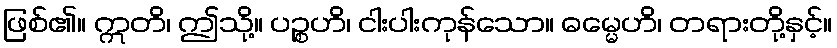
ဖြစ်၏။ ဣတိ၊ ဤသို့။ ပဉ္စဟိ၊ ငါးပါးကုန်သော။ ဓမ္မေဟိ၊ တရားတို့နှင့်။